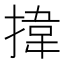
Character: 𢯷